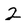
Character: 2